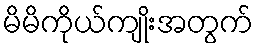
မိမိကိုယ်ကျိုးအတွက်